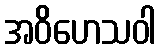
အဝိဟေသဝါ